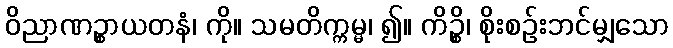
ဝိညာဏဉ္စာယတနံ၊ ကို။ သမတိက္ကမ္မ၊ ၍။ ကိဉ္စိ၊ စိုးစဉ်းဘင်မျှသော